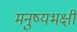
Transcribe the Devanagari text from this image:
मनुष्यभक्षी